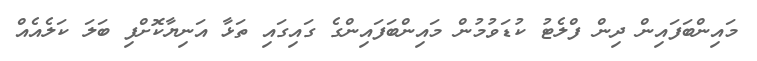
މައިންބަފައިން ދިން ފްލެޓު ކުޑަވުމުން މައިންބަފައިންގެ ގައިގައި ތަޅާ އަނިޔާކޮށްފި ބަލަ ކަލެއެއް